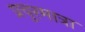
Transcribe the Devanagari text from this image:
प्रचुरमात्रा